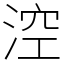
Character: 涳